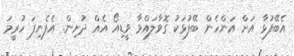
އެބޭފުޅާ އަށް އަންހެން ބޭފުޅަކު ގޮވާލައްވާ ވީޑިއޯ އެއް ދުށިން. އެފެނިފަ ހުރީމަ